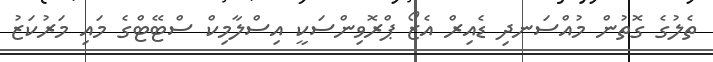
ތެލުގެ ގޮތުން މުއްސަނދި ޑެއިރް އެޒޯ ޕްރޮވިންސަކީ އިސްލާމިކް ސްޓޭޓްގެ މައި މަރުކަޒު